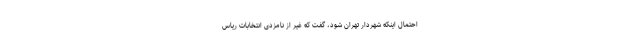
احتمال اینکه شهردار تهران شود، گفت که غیر از نامزدی انتخابات ریاس